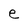
Character: e